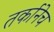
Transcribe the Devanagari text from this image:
तर्कानेच